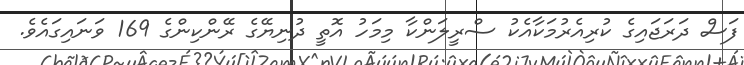
ފަސް ދަރަޖައިގެ ކުރިއެރުމަކާއެކު ސްރީލަންކާ މިމަހު އޮތީ ދުނިޔޭގެ ރޭންކިންގެ 169 ވަނައިގައެވެ.